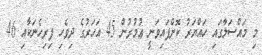
މި މައްސަލާގައި ހައްޔަރު ކޮށްފައިވަނީ ޢުމުރުން 45 އަހަރުގެ ދިވެހި ފިރިހެނަކާއި 46